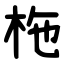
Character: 柂